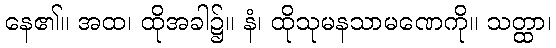
နေ၏။ အထ၊ ထိုအခါ၌။ နံ၊ ထိုသုမနသာမဏေကို။ သတ္ထာ၊